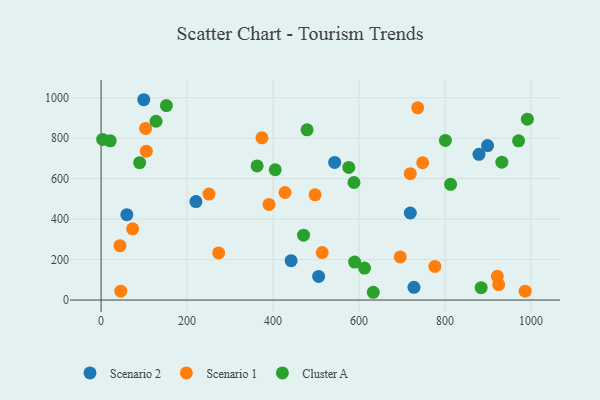
{"axis": {"x": "Ad Spend", "y": "Rating"}, "legend": ["Cluster A", "Scenario 1", "Scenario 2"], "data": [{"x": "220.6", "y": 486.5, "type": "Scenario 2"}, {"x": "727.7", "y": 62.8, "type": "Scenario 2"}, {"x": "898.9", "y": 763.6, "type": "Scenario 2"}, {"x": "442.0", "y": 194.4, "type": "Scenario 2"}, {"x": "719.2", "y": 430.2, "type": "Scenario 2"}, {"x": "878.9", "y": 720.0, "type": "Scenario 2"}, {"x": "99.3", "y": 990.0, "type": "Scenario 2"}, {"x": "506.0", "y": 116.7, "type": "Scenario 2"}, {"x": "543.3", "y": 679.9, "type": "Scenario 2"}, {"x": "59.9", "y": 422.0, "type": "Scenario 2"}, {"x": "251.0", "y": 523.9, "type": "Scenario 1"}, {"x": "497.7", "y": 519.9, "type": "Scenario 1"}, {"x": "986.3", "y": 43.6, "type": "Scenario 1"}, {"x": "921.6", "y": 117.5, "type": "Scenario 1"}, {"x": "736.4", "y": 950.0, "type": "Scenario 1"}, {"x": "427.8", "y": 531.5, "type": "Scenario 1"}, {"x": "719.1", "y": 624.4, "type": "Scenario 1"}, {"x": "374.2", "y": 801.7, "type": "Scenario 1"}, {"x": "390.6", "y": 472.4, "type": "Scenario 1"}, {"x": "105.2", "y": 735.5, "type": "Scenario 1"}, {"x": "73.3", "y": 352.0, "type": "Scenario 1"}, {"x": "45.8", "y": 43.6, "type": "Scenario 1"}, {"x": "924.7", "y": 76.7, "type": "Scenario 1"}, {"x": "748.0", "y": 678.6, "type": "Scenario 1"}, {"x": "103.6", "y": 848.2, "type": "Scenario 1"}, {"x": "514.3", "y": 234.8, "type": "Scenario 1"}, {"x": "273.5", "y": 232.9, "type": "Scenario 1"}, {"x": "695.7", "y": 213.0, "type": "Scenario 1"}, {"x": "44.0", "y": 268.9, "type": "Scenario 1"}, {"x": "776.4", "y": 166.3, "type": "Scenario 1"}, {"x": "812.9", "y": 571.8, "type": "Cluster A"}, {"x": "576.1", "y": 655.2, "type": "Cluster A"}, {"x": "971.0", "y": 786.8, "type": "Cluster A"}, {"x": "612.7", "y": 158.0, "type": "Cluster A"}, {"x": "800.8", "y": 789.1, "type": "Cluster A"}, {"x": "89.7", "y": 678.7, "type": "Cluster A"}, {"x": "21.2", "y": 787.1, "type": "Cluster A"}, {"x": "991.5", "y": 894.1, "type": "Cluster A"}, {"x": "152.0", "y": 961.1, "type": "Cluster A"}, {"x": "127.9", "y": 883.6, "type": "Cluster A"}, {"x": "405.0", "y": 643.9, "type": "Cluster A"}, {"x": "362.9", "y": 663.0, "type": "Cluster A"}, {"x": "479.1", "y": 841.1, "type": "Cluster A"}, {"x": "3.6", "y": 793.7, "type": "Cluster A"}, {"x": "633.1", "y": 38.4, "type": "Cluster A"}, {"x": "470.9", "y": 320.4, "type": "Cluster A"}, {"x": "932.2", "y": 681.6, "type": "Cluster A"}, {"x": "884.0", "y": 61.1, "type": "Cluster A"}, {"x": "588.2", "y": 580.8, "type": "Cluster A"}, {"x": "589.7", "y": 187.8, "type": "Cluster A"}]}